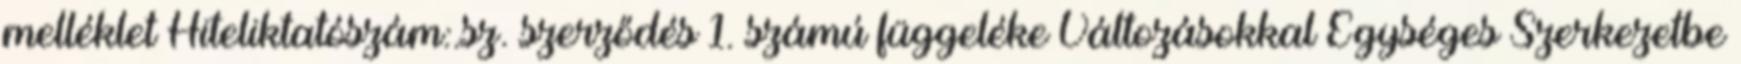
melléklet Hiteliktatószám:.sz. szerződés 1. számú függeléke Változásokkal Egységes Szerkezetbe